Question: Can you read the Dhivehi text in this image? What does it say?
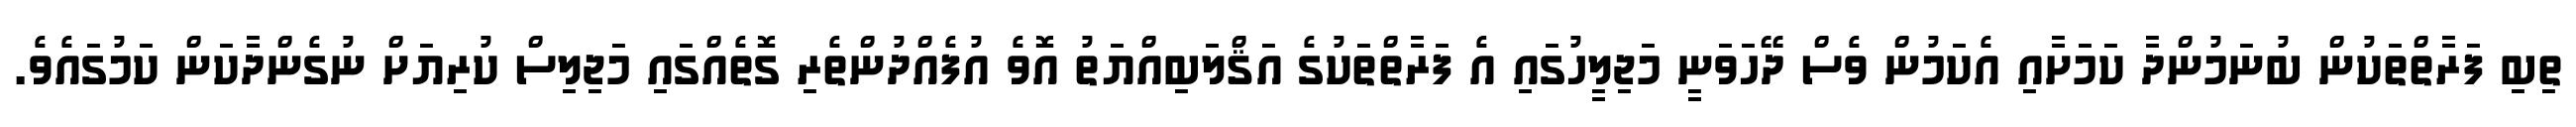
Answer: ތިބި ފަރާތްތަކުން ބުނަމުންދާ ކަމަށާއި އެކަމުން ވެސް ދޭހަވަނީ މަޖިލީހުގައި އެ ފަރާތްތަކުގެ އަޤްލަބިއްޔަތު އޮވެ އުފެއްދުންތެރި ގޮތެއްގައި މަޖިލިސް ކުރިޔަށް ނުގެންދާކަން ކަމުގައެވެ.